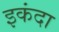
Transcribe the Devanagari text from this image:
इकंदा